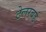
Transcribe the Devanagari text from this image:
टेलरबर्ड